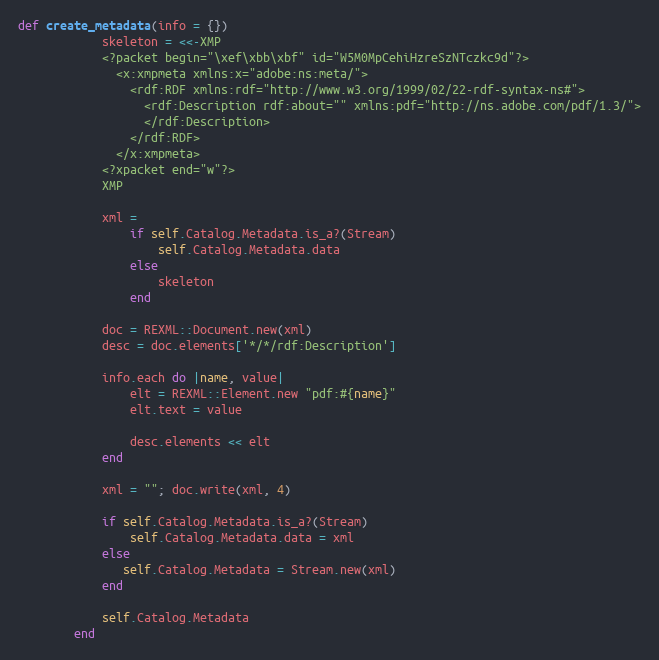
Language: Ruby
def create_metadata(info = {})
            skeleton = <<-XMP
            <?packet begin="\xef\xbb\xbf" id="W5M0MpCehiHzreSzNTczkc9d"?>
              <x:xmpmeta xmlns:x="adobe:ns:meta/">
                <rdf:RDF xmlns:rdf="http://www.w3.org/1999/02/22-rdf-syntax-ns#">
                  <rdf:Description rdf:about="" xmlns:pdf="http://ns.adobe.com/pdf/1.3/">
                  </rdf:Description>
                </rdf:RDF>
              </x:xmpmeta>
            <?xpacket end="w"?>
            XMP

            xml =
                if self.Catalog.Metadata.is_a?(Stream)
                    self.Catalog.Metadata.data
                else
                    skeleton
                end

            doc = REXML::Document.new(xml)
            desc = doc.elements['*/*/rdf:Description']

            info.each do |name, value|
                elt = REXML::Element.new "pdf:#{name}"
                elt.text = value

                desc.elements << elt
            end

            xml = ""; doc.write(xml, 4)

            if self.Catalog.Metadata.is_a?(Stream)
                self.Catalog.Metadata.data = xml
            else
               self.Catalog.Metadata = Stream.new(xml)
            end

            self.Catalog.Metadata
        end